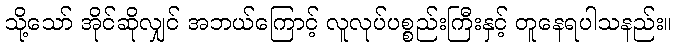
သို့သော် အိုင်ဆိုလျှင် အဘယ်ကြောင့် လူလုပ်ပစ္စည်းကြီးနှင့် တူနေရပါသနည်း။